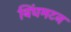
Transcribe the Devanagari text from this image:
बिंघमटन